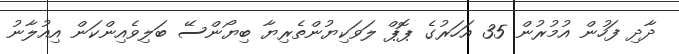
ދާދި ފަހުން އުމުރުން 35 އަހަރުގެ ޕޮޕް ލަވަކިޔުންތެރިޔާ ބިޔޯންސޭ ބަލިވެއިންކަން އިއުލާނު